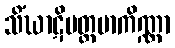
သိံဃာဋိပတ္တမာကိဏ္ဏာ